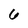
Character: 6